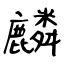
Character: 麟